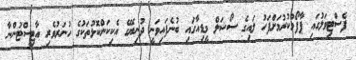
ފެސްޓިވަލުގައި ޕާފޯމްކުރުމަށްފަހު ލައިގެ ސޯޝަލް މީޑިއާގައި ބުނެފައިވަނީ ދުނިޔޭގެ އެކިކަންކޮޅުތަކުގެ ހުނަރުވެރި އާޓިސްޓުންނާ